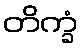
တိက္ခံ